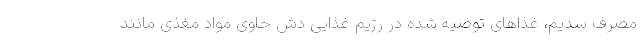
مصرف سدیم، غذاهای توصیه شده در رژیم غذایی دش حاوی مواد مغذی مانند